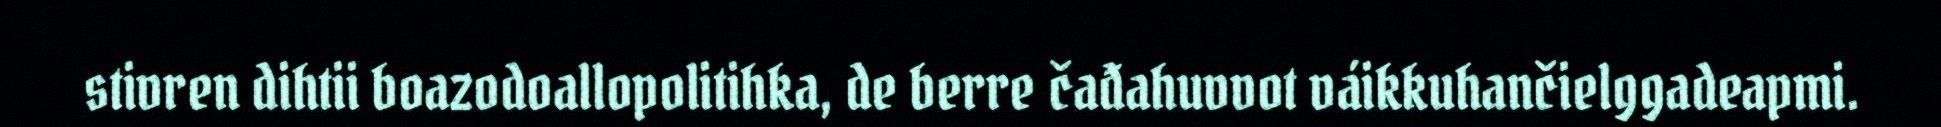
stivren dihtii boazodoallopolitihka, de berre čađahuvvot váikkuhančielggadeapmi.